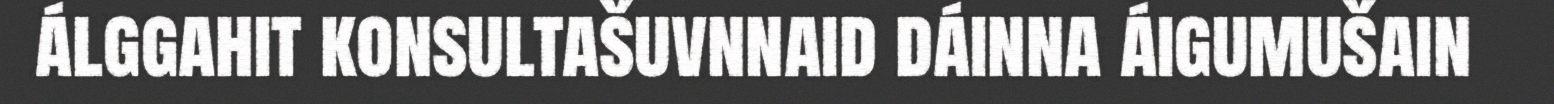
álggahit konsultašuvnnaid dáinna áigumušain